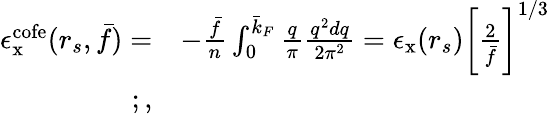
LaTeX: \begin{array}{rl}{\epsilon_{\mathrm{x}}^{\mathrm{cofe}}(r_{s},\bar{f})=}&{-\frac{\bar{f}}{n}\int_{0}^{\bar{k}_{F}}\frac{q}{\pi}\frac{q^{2}dq}{2\pi^{2}}=\epsilon_{\mathrm{x}}(r_{s})\bigg[\frac{2}{\bar{f}}\bigg]^{1/3}}\\ {;,}\end{array}